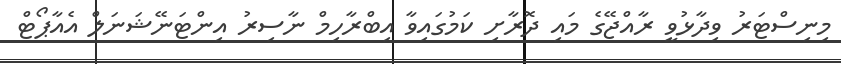
މިނިސްޓަރު ވިދާޅުވީ ރާއްޖޭގެ މައި ދޮރާށި ކަމުގައިވާ އިބްރާހިމް ނާސިރު އިންޓަނޭޝަނަލް އެއާޕޯޓް